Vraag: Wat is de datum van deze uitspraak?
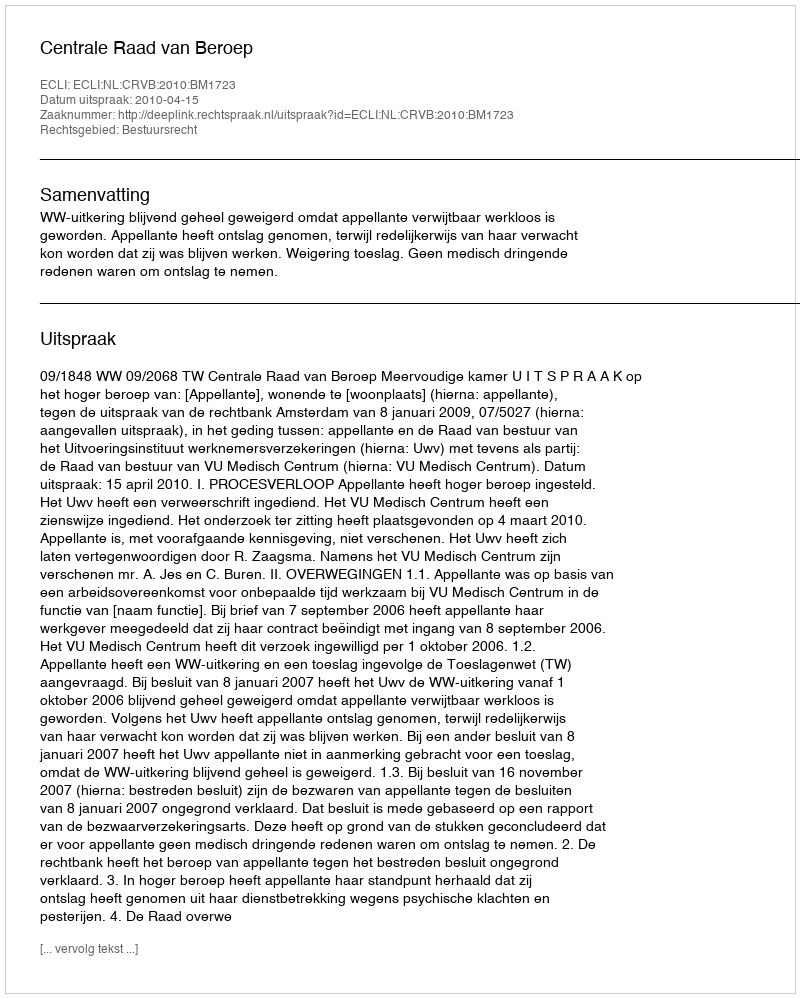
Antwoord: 2010-04-15